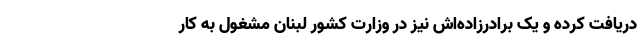
دریافت کرده و یک برادرزاده‌اش نیز در وزارت کشور لبنان مشغول به کار